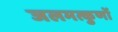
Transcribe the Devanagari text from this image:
जलमत्कुणों